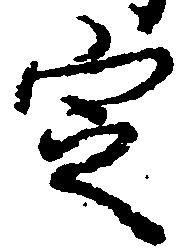
定